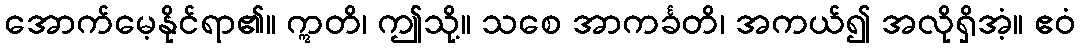
အောက်မေ့နိုင်ရာ၏။ ဣတိ၊ ဤသို့။ သစေ အာကင်္ခတိ၊ အကယ်၍ အလိုရှိအံ့။ ဧဝံ